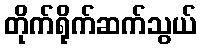
တိုက်ရိုက်ဆက်သွယ်